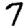
Digit: 7